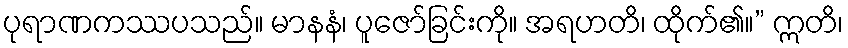
ပုရာဏကဿပသည်။ မာနနံ၊ ပူဇော်ခြင်းကို။ အရဟတိ၊ ထိုက်၏။” ဣတိ၊